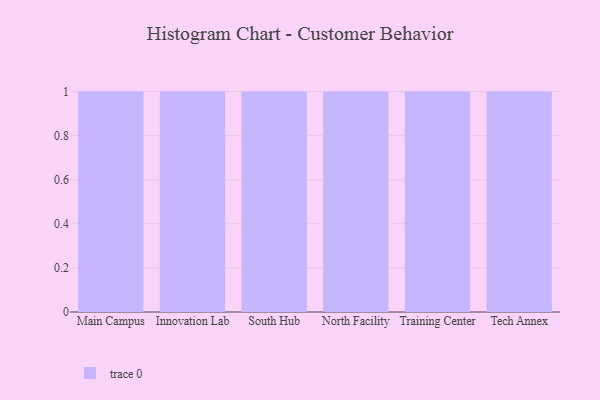
{"axis": {"x": "Campus", "y": "Energy Usage (MWh)"}, "legend": [""], "data": [{"x": "Main Campus", "y": 20, "type": ""}, {"x": "Innovation Lab", "y": 29, "type": ""}, {"x": "South Hub", "y": 58, "type": ""}, {"x": "North Facility", "y": 74, "type": ""}, {"x": "Training Center", "y": 26, "type": ""}, {"x": "Tech Annex", "y": 87, "type": ""}]}